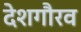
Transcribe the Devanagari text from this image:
देशगौरव